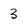
Character: 3